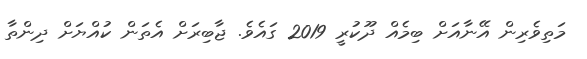
މަތިވެރިން އޭނާއަށް ބިމެއް ދޫކުރީ 2019 ގައެވެ. ޖާބިރަށް އެތަން ކުއްޔަށް ދިންތާ